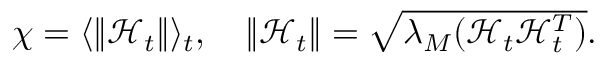
\begin{array} { r } { \chi = \langle \lVert \mathbf { \mathcal { H } } _ { t } \rVert \rangle _ { t } , \quad \lVert \mathbf { \mathcal { H } } _ { t } \rVert = \sqrt { \lambda _ { M } ( \mathbf { \mathcal { H } } _ { t } \mathbf { \mathcal { H } } _ { t } ^ { T } ) } . } \end{array}